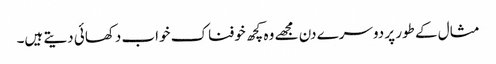
مثال کے طور پر دوسرے دن مجھے وہ کچھ خوفناک خواب دکھائی دیتے ہیں۔